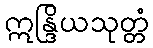
ဣန္ဒြိယသုတ္တံ